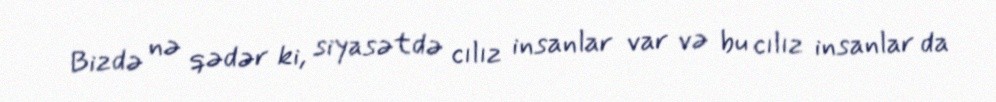
Bizdə nə qədər ki, siyasətdə cılız insanlar var və bu cılız insanlar da